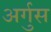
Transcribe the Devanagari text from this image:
अर्गुस